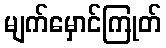
မျက်မှောင်ကြုတ်